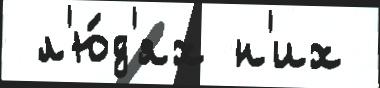
 л'ю́д'ях н'их